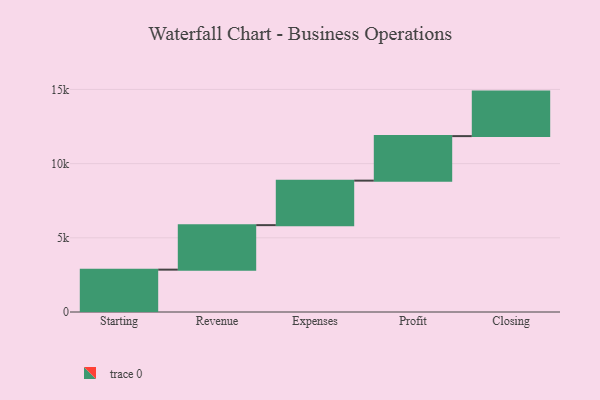
{"axis": {"x": "Step", "y": "Value"}, "legend": [""], "data": [{"x": "Starting", "y": 2854.0, "type": ""}, {"x": "Revenue", "y": 3000, "type": ""}, {"x": "Expenses", "y": 3000, "type": ""}, {"x": "Profit", "y": 3000, "type": ""}, {"x": "Closing", "y": 3000, "type": ""}]}